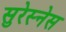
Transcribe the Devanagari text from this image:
सुरेस्नेस